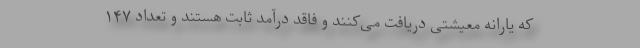
که یارانه معیشتی دریافت می‌کنند و فاقد درآمد ثابت هستند و تعداد ۱۴۷